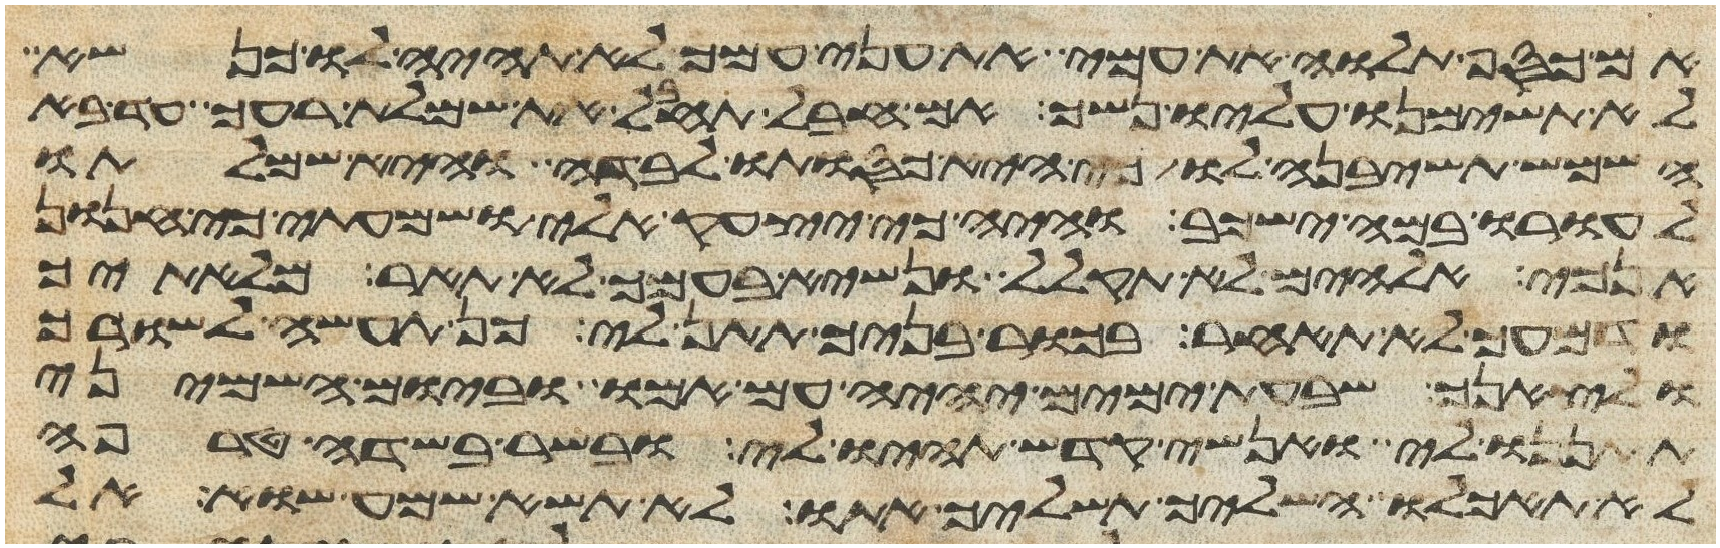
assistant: אם כסף תלוה את עמי את עני עמך לא תהיה לו כנשא
לא תשימנו עליו נשך אם חבל תחבל את שמלת רעך עד בא
השמש תשיבנה לו כי היא כסותו לבדה היא שמלתו
לעורו במה ישכב והיה כי יצעק אלי ושמעתי כי חנון
אנכי אלהים לא תקלל ונשיא בעמך לא תאר מליתך
ודמעך לא תאחר בכור בניך תתן לי כן תעשה לשורך
ולצאנך שבעת ימים יהיה עם אמו וביום השמיני
תתננו לי ואנשי קדש תהיו לי ובשר בשדה טרפה
לא תאכלו השליך תשליכו אתו לא תשא שמע שוא אל